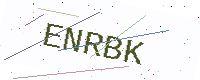
Text: ENRBK